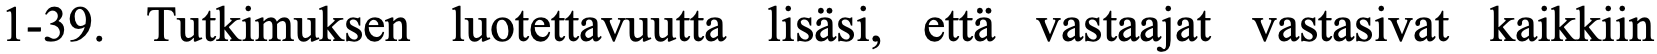
1-39. Tutkimuksen luotettavuutta lisäsi, että vastaajat vastasivat kaikkiin